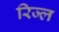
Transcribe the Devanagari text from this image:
रिज्ल